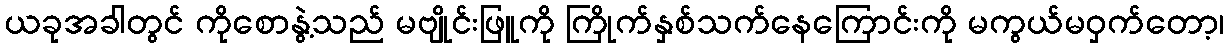
ယခုအခါတွင် ကိုစောနွဲ့သည် မဗျိုင်းဖြူကို ကြိုက်နှစ်သက်နေကြောင်းကို မကွယ်မဝှက်တော့၊